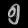
Digit: ၅